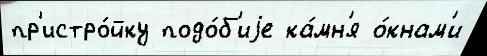
пр'истро́йку подо́б'иjе ка́мн'я о́кнам'и